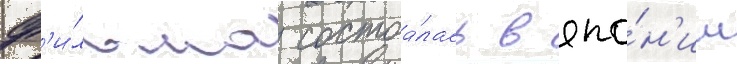
ф'и́льма состоа́лась в япо́н'ии